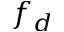
f _ { d }